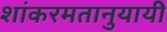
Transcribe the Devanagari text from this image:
शांकरमतानुयायी